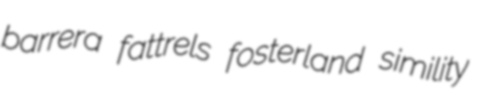
barrera fattrels fosterland simility